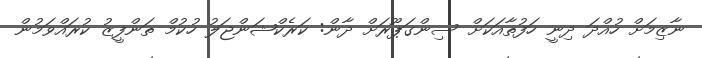
ނާޒިމަށް ހުއްދަ ދިނީ ހަފުތާއަކަށް ސިންގަޕޫރަށް ދާން: ކަރެކްޝަންޖަލު ހުކުމް ތަންފީޒު ކުރައްވަމުން